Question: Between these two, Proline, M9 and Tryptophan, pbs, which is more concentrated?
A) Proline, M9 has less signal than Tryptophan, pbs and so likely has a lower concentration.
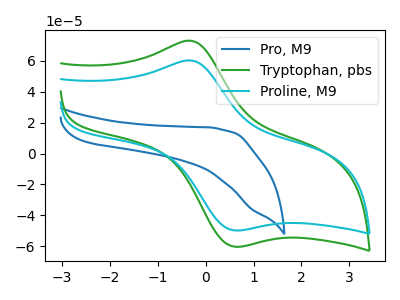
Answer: <think>The blue curve "Pro, M9" has no peaks. The green curve "Tryptophan, pbs" has an anodic peak at (-0.25V, 72.60uA) and a cathodic peak at (0.75V, -60.15uA). The cyan curve "Proline, M9" has an anodic peak at (-0.25V, 59.90uA) and a cathodic peak at (0.75V, -49.65uA).
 All the peaks in "Proline, M9" have a peak in "Tryptophan, pbs" at the same potential. Every peak in "Proline, M9" is lower than every peak in "Tryptophan, pbs".</think>
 <answer>A) "Proline, M9" has less signal than "Tryptophan, pbs" and so likely has a lower concentration.</answer>
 <eval>A</eval>